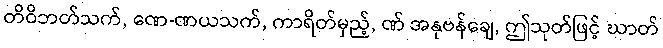
တိဝိဘတ်သက်, ဏေ-ဏယသက်, ကာရိတ်မှည့်, ဏ် အနုဗန်ချေ, ဤသုတ်ဖြင့် ဃာတ်